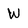
Character: W